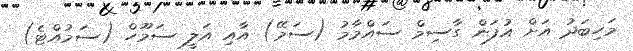
މަހިބަދު އަށް އުފަން ގާސިމް ސައްމާމު (ސަމޭ) އާއި އަލީ ސަމޫހް (ސަމުއްޓެ)